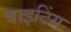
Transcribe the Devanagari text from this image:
बाइटिंग